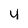
Character: u